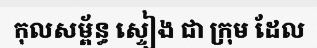
កុលសម្ព័ន្ធ ស្ទៀង ជា ក្រុម ដែល